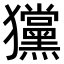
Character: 𤣞